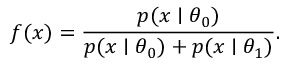
f ( x ) = \frac { p ( x \mid \theta _ { 0 } ) } { p ( x \mid \theta _ { 0 } ) + p ( x \mid \theta _ { 1 } ) } .